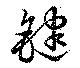
鍵